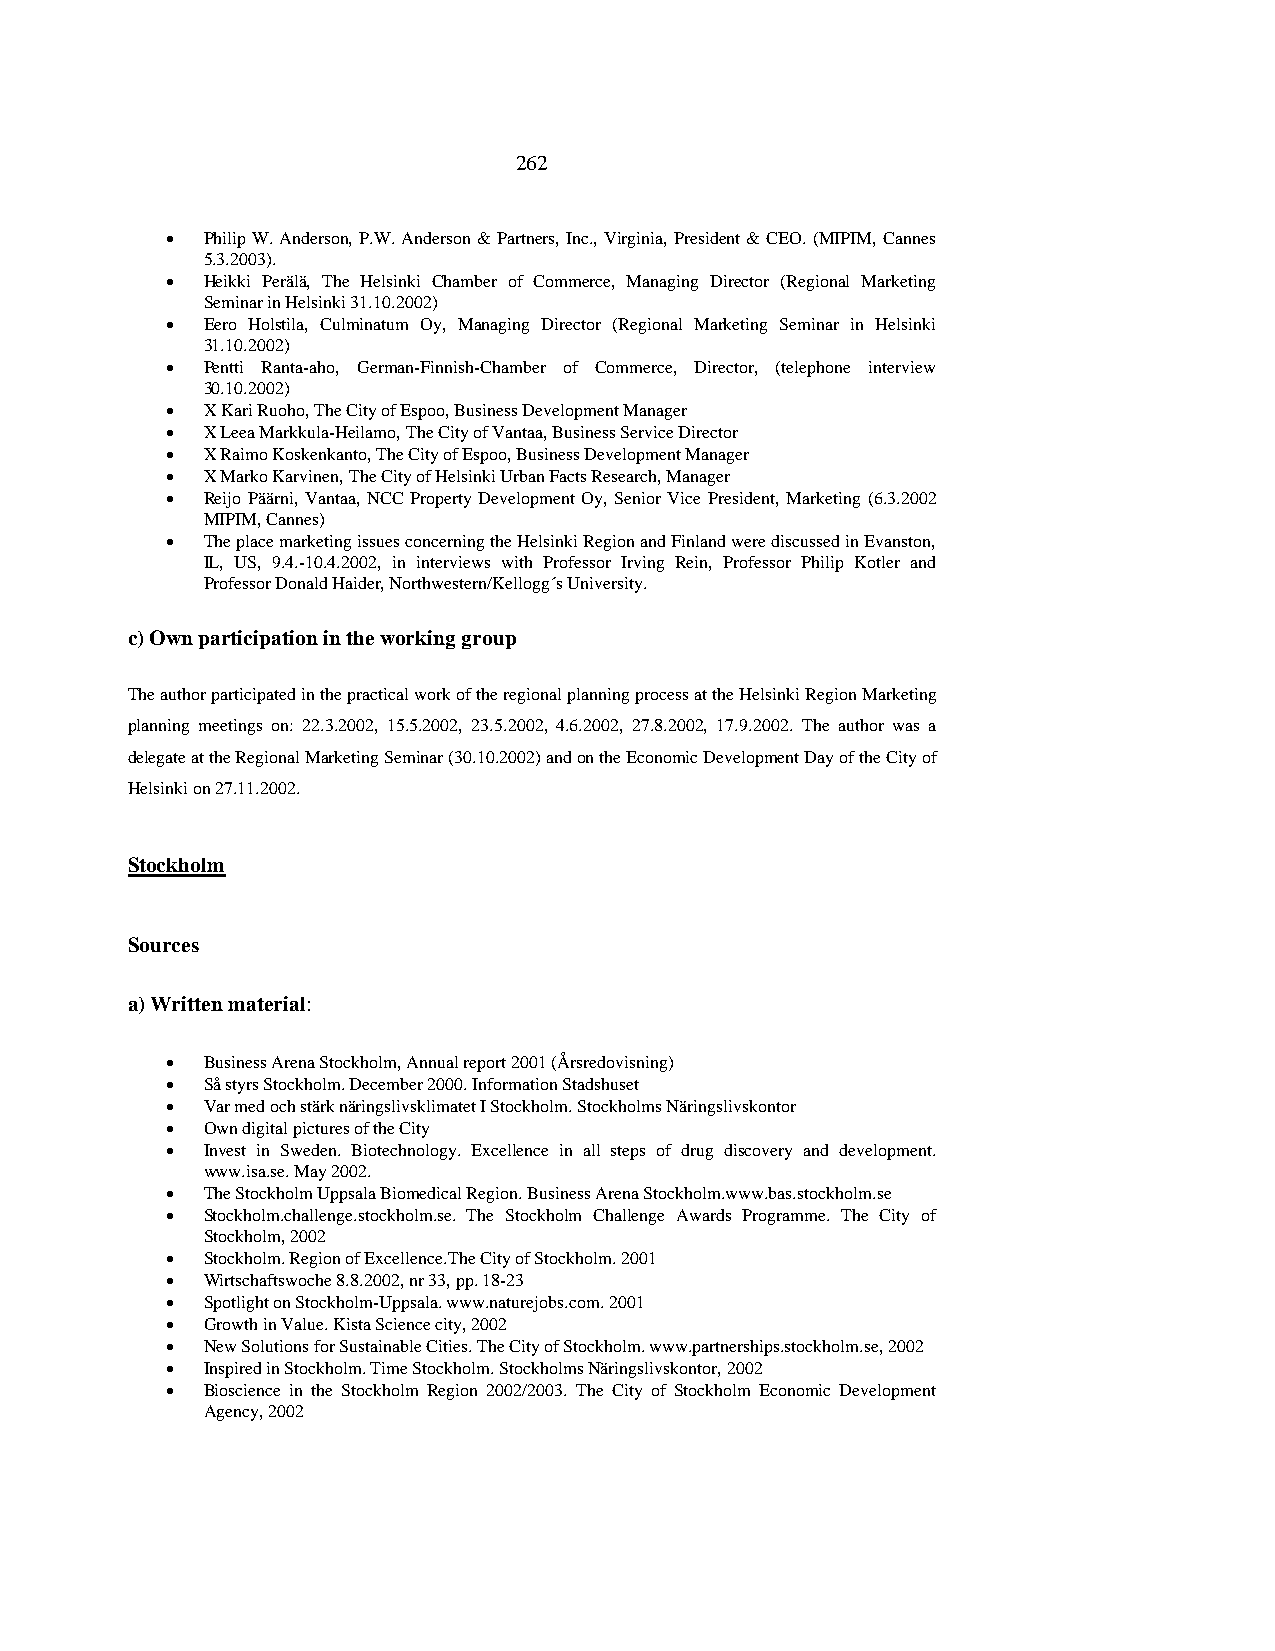
262
 • Philip W. Anderson, P.W. Anderson & Partners, Inc., Virginia, President & CEO. (MIPIM, Cannes
 5.3.2003).
 • Heikki Perälä, The Helsinki Chamber of Commerce, Managing Director (Regional Marketing
 Seminar in Helsinki 31.10.2002)
 • Eero Holstila, Culminatum Oy, Managing Director (Regional Marketing Seminar in Helsinki
 31.10.2002)
 • Pentti Ranta-aho, German-Finnish-Chamber of Commerce, Director, (telephone interview
 30.10.2002)
 • X Kari Ruoho, The City of Espoo, Business Development Manager
 • X Leea Markkula-Heilamo, The City of Vantaa, Business Service Director
 • X Raimo Koskenkanto, The City of Espoo, Business Development Manager
 • X Marko Karvinen, The City of Helsinki Urban Facts Research, Manager
 • Reijo Päärni, Vantaa, NCC Property Development Oy, Senior Vice President, Marketing (6.3.2002
 MIPIM, Cannes)
 • The place marketing issues concerning the Helsinki Region and Finland were discussed in Evanston,
 IL, US, 9.4.-10.4.2002, in interviews with Professor Irving Rein, Professor Philip Kotler and
 Professor Donald Haider, Northwestern/Kellogg´s University.
 c) Own participation in the working group
 The author participated in the practical work of the regional planning process at the Helsinki Region Marketing
 planning meetings on: 22.3.2002, 15.5.2002, 23.5.2002, 4.6.2002, 27.8.2002, 17.9.2002. The author was a
 delegate at the Regional Marketing Seminar (30.10.2002) and on the Economic Development Day of the City of
 Helsinki on 27.11.2002.
 Stockholm
 Sources
 a) Written material:
 • Business Arena Stockholm, Annual report 2001 (Årsredovisning)
 • Så styrs Stockholm. December 2000. Information Stadshuset
 • Var med och stärk näringslivsklimatet I Stockholm. Stockholms Näringslivskontor
 • Own digital pictures of the City
 • Invest in Sweden. Biotechnology. Excellence in all steps of drug discovery and development.
 www.isa.se. May 2002.
 • The Stockholm Uppsala Biomedical Region. Business Arena Stockholm.www.bas.stockholm.se
 • Stockholm.challenge.stockholm.se. The Stockholm Challenge Awards Programme. The City of
 Stockholm, 2002
 • Stockholm. Region of Excellence.The City of Stockholm. 2001
 • Wirtschaftswoche 8.8.2002, nr 33, pp. 18-23
 • Spotlight on Stockholm-Uppsala. www.naturejobs.com. 2001
 • Growth in Value. Kista Science city, 2002
 • New Solutions for Sustainable Cities. The City of Stockholm. www.partnerships.stockholm.se, 2002
 • Inspired in Stockholm. Time Stockholm. Stockholms Näringslivskontor, 2002
 • Bioscience in the Stockholm Region 2002/2003. The City of Stockholm Economic Development
 Agency, 2002